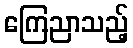
ကြေညာသည့်